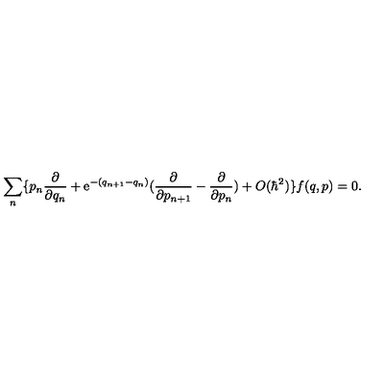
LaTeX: \sum _ { n } \{ p _ { n } \frac { \partial } { \partial q _ { n } } + \mathrm { e } ^ { - ( q _ { n + 1 } - q _ { n } ) } ( \frac { \partial } { \partial p _ { n + 1 } } - \frac { \partial } { \partial p _ { n } } ) + O ( \hbar ^ { 2 } ) \} f ( q , p ) = 0 .